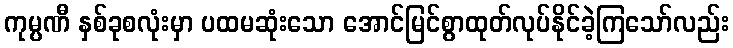
ကုမ္ပဏီ နှစ်ခုစလုံးမှာ ပထမဆုံးသော အောင်မြင်စွာထုတ်လုပ်နိုင်ခဲ့ကြသော်လည်း